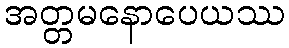
အတ္တမနောပေယဿ